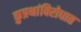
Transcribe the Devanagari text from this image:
कुप्रथांविरोधात